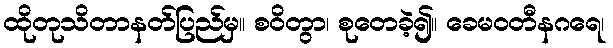
ထိုတုသိတာနတ်ပြည်မှ။ စဝိတွာ၊ စုတေခဲ့၍။ ခေမဝတီနဂရေ၊